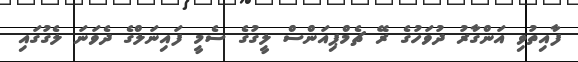
ފާއިތުވި އަންގާރު ދުވަހުގެ ރޭ ޗެމްޕިއަންސް ލީގުގެ ސެމީ ފައިނަލްގެ ދެވަނަ ލެގުގައި